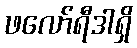
ဖလော်ရီဒါရှိ